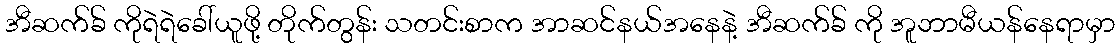
အီဆက်ခ် ကိုရဲရဲခေါ်ယူဖို့ တိုက်တွန်း သတင်းစာက အာဆင်နယ်အနေနဲ့ အီဆက်ခ် ကို အူဘာမီယန်နေရာမှာ